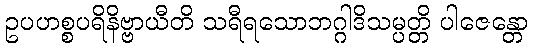
ဥပဟစ္စပရိနိဗ္ဗာယီတိ သရီရသောဘဂ္ဂါဒိသမ္ပတ္တိ ပါဇေန္တော